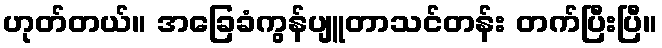
ဟုတ်တယ်။ အခြေခံကွန်ပျူတာသင်တန်း တက်ပြီးပြီ။